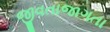
જીવતાજાગતા